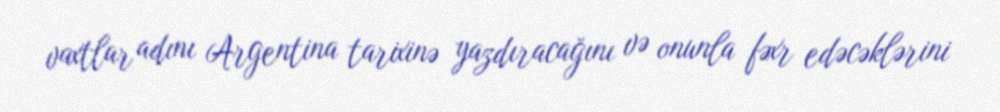
vaxtlar adını Argentina tarixinə yazdıracağını və onunla fəxr edəcəklərini